Lunatic asylums Madras 1877-1891 - 1877-1891
Year: 1877
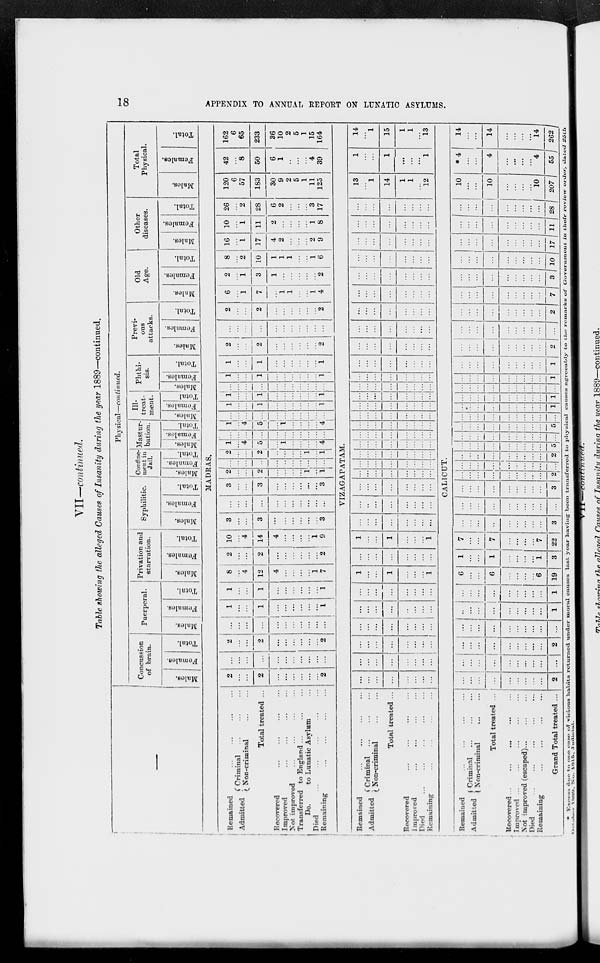
18
APPENDIX TO ANNUAL REPORT ON LUNATIC ASYLUMS.
VII—continued.
Table showing the alleged Causes of Insanity during the year 1889—continued.
___
Physical—continued.
Concussion
of brain.
Males.
Females.
Total.
Puerperal.
Males.
Females.
Total.
Privation and
starvation.
Males.
Females.
Total.
Syphilitic.
Males.
Females.
Total.
Confine-
ment in
Jail.
Males.
Females.
Total.
Mastur-
bation.
Males.
Females.
Total.
Ill-
treat-
ment.
Males.
Females.
Total.
Phthi-
sis.
Males.
Females.
Total.
Previ-
ous
attacks.
Males.
Females.
Total.
Old
Age.
Males.
Females.
Total.
Other
diseases.
Males.
Females.
Total.
Total
Physical.
Males.
Females.
Total.
MADRAS.
Remained
...
...
...
...
Admitted
Criminal ... ... ...
Non-criminal
...
...
Total treated ...
Recovered ... ... ... ...
Improved
...
...
...
...
Not improved ... ... ... ...
Transferred to England
...
...
...
Do.
to Lunatic Asylum ...
Died
...
...
...
...
...
Remaining ... ... ... ...
2
...
...
2
...
...
...
...
...
...
2
...
...
...
...
...
...
...
...
...
...
...
2
...
...
2
...
...
...
...
...
...
2
...
...
...
...
...
...
...
...
...
...
...
1
...
...
1
...
...
...
...
...
...
1
1
...
...
1
...
...
...
...
...
...
1
8
...
4
12
4
...
...
...
...
1
7
2
...
...
2
...
...
...
...
...
...
2
10
...
4
14
4
...
...
...
...
1
9
3
...
...
3
...
...
...
...
...
...
3
...
...
...
...
...
...
...
...
...
...
...
3
...
...
3
...
...
...
...
...
...
3
2
...
...
2
...
...
...
...
1
...
1
...
...
...
...
...
...
...
...
...
...
...
2
...
...
2
...
...
...
...
1
...
1
1
...
4
5
...
1
...
...
...
...
4
...
...
...
...
...
...
...
...
...
...
...
1
...
4
5
...
1
...
...
...
...
4
...
...
...
...
...
...
...
...
...
...
...
1
...
...
1
...
...
...
...
...
...
1
1
...
...
1
...
...
...
...
...
...
1
...
...
...
...
...
...
...
...
...
...
...
1
...
...
1
...
...
...
...
...
...
1
1
...
...
1
...
...
...
...
...
...
1
2
...
...
2
...
...
...
...
...
...
2
...
...
...
...
...
...
...
...
...
...
...
2
...
...
2
...
...
...
...
...
...
2
6
...
1
7
...
1
1
...
...
1
4
2
...
1
3
1
...
...
...
...
...
2
8
...
2
10
1
1
1
...
...
1
6
16
...
1
17
4
2
...
...
...
2
9
10
...
1
11
2
...
...
...
...
1
8
26
...
2
28
6
2
...
...
...
3
17
120
6
57
183
30
9
2
5
1
11
125
42
...
8
50
6
1
...
...
...
4
39
162
6
65
233
36
10
2
5
1
15
164
VIZAGAPATAM.
Remained
...
...
...
...
Admitted
Criminal
...
...
...
Non-criminal
...
...
Total treated ...
Recovered
...
...
...
...
Improved ... ... ... ...
Died
...
...
...
...
...
Remaining ... ... ... ...
...
...
...
...
...
...
...
...
...
...
...
...
...
...
...
...
...
...
...
...
...
...
...
...
...
...
...
...
...
...
...
...
...
...
...
...
...
...
...
...
...
...
...
...
...
...
...
...
1
...
...
1
...
...
...
1
...
...
...
...
...
...
...
...
1
...
...
1
...
...
...
1
...
...
...
...
...
...
...
...
...
...
...
...
...
...
...
...
...
...
...
...
...
...
...
...
...
...
...
...
...
...
...
...
...
...
...
...
...
...
...
...
...
...
...
...
...
...
...
...
...
...
...
...
...
...
...
...
...
...
...
...
...
...
...
...
...
...
...
...
...
...
...
...
...
...
...
...
...
...
...
...
...
...
...
...
...
...
...
...
...
...
...
...
...
...
...
...
...
...
...
...
...
...
...
...
...
...
...
...
...
...
...
...
...
...
...
...
...
...
...
...
...
...
...
...
...
...
...
...
...
...
...
...
...
...
...
...
...
...
...
...
...
...
...
...
...
...
...
...
...
...
...
...
...
...
...
...
...
...
...
...
...
...
...
...
...
...
...
...
...
...
...
...
...
...
...
...
...
...
...
...
...
...
...
...
...
...
...
...
...
...
...
...
13
...
1
14
1
1
...
12
1
...
...
1
...
...
...
1
14
...
1
15
1
1
...
13
CALICUT.
Remained
...
...
...
...
Admitted
Criminal ... ... ...
Non-criminal ... ...
Total treated ...
Recovered ... ... ... ... ...
Improved
...
...
...
...
...
Not improved (escaped)
...
...
...
Died
...
...
...
...
...
Remaining
...
...
...
...
Grand Total treated ...
...
...
...
...
...
...
...
...
...
2
...
...
...
...
...
...
...
...
...
...
...
...
...
...
...
...
...
...
...
2
...
...
...
...
...
...
...
...
...
...
...
...
...
...
...
...
...
...
...
1
...
...
...
...
...
...
...
...
...
1
6
...
...
6
...
...
...
...
6
19
1
...
...
1
...
...
...
...
1
3
7
...
...
7
...
...
...
...
7
22
...
...
...
...
...
...
...
...
...
3
...
...
...
...
...
...
...
...
...
...
...
...
...
...
...
...
...
...
...
3
...
...
...
...
...
...
...
...
...
2
...
...
...
...
...
...
...
...
...
...
...
...
...
...
...
...
...
...
...
2
...
...
...
...
...
...
...
...
...
5
...
...
...
...
...
...
...
...
...
...
...
...
...
...
...
...
...
...
...
5
...
...
...
...
...
...
...
...
...
...
...
...
...
...
...
...
...
...
...
1
...
...
...
...
...
...
...
...
...
1
...
...
...
...
...
...
...
...
...
...
...
...
...
...
...
...
...
...
...
1
...
...
...
...
...
...
...
...
...
1
...
...
...
...
...
...
...
...
...
2
...
...
...
...
...
...
...
...
...
...
...
...
...
...
...
...
...
...
...
2
...
...
...
...
...
...
...
...
...
7
...
...
...
...
...
...
...
...
...
3
...
...
...
...
...
...
...
...
...
10
...
...
...
...
...
...
...
...
...
17
...
...
...
...
...
...
...
...
...
11
...
...
...
...
...
...
...
...
...
28
10
...
...
10
...
...
...
...
10
207
*4
...
...
4
...
...
...
...
4
55
14
...
...
14
...
...
...
...
14
262
* Excess due to one case of vicious habits returned under moral causes last year having been transferred to physical causes agreeably to the remarks of Government in their review order, dated 25th
October 1889, No.1815,Judicial.